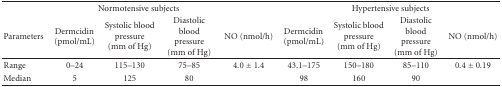
| <COLSPAN=5> Normotensive subjects | <COLSPAN=4> Hypertensive subjects |
 | Parameters | Dermcidin(pmol/mL) | Systolic blood pressure (mm of Hg) | Diastolic blood pressure (mm of Hg) | NO (nmol/h) | Dermcidin(pmol/mL) | Systolic blood pressure (mm of Hg) | Diastolic blood pressure (mm of Hg) | NO (nmol/h) |
 | --- | --- | --- | --- | --- | --- | --- | --- | --- |
 | Range | 0–24 | 115–130 | 75–85 | 4.0 ± 1.4 | 43.1–175 | 150–180 | 85–110 | 0.4 ± 0.19 |
 | Median | 5 | 125 | 80 |  | 98 | 160 | 90 |  |